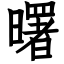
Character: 曙